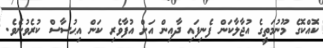
ކޮއްކޮގެ މޫނުމަތީގެ އުޖާލާކަން ފެނިފައި ދާއިން އަށް އުފާވެރި ކަން އިޙުސާސް ކުރެވުނެވެ.